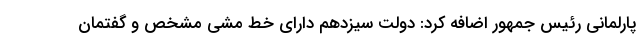
پارلمانی رئیس جمهور اضافه کرد: دولت سیزدهم دارای خط مشی مشخص و گفتمان